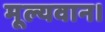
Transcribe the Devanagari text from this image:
मूल्यवान।